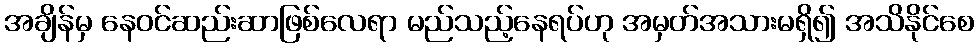
အချိန်မှ နေဝင်ဆည်းဆာဖြစ်လေရာ မည်သည့်နေရပ်ဟု အမှတ်အသားမရှိ၍ အသိနိုင်စေ